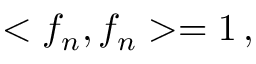
< f _ { n } , f _ { n } > = 1 \, ,